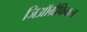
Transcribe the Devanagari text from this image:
जिऑग्रैफिकल